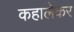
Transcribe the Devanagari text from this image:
कहालेकर